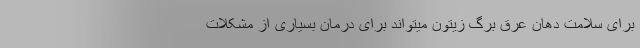
برای سلامت دهان عرق برگ زیتون میتواند برای درمان بسیاری از مشکلات